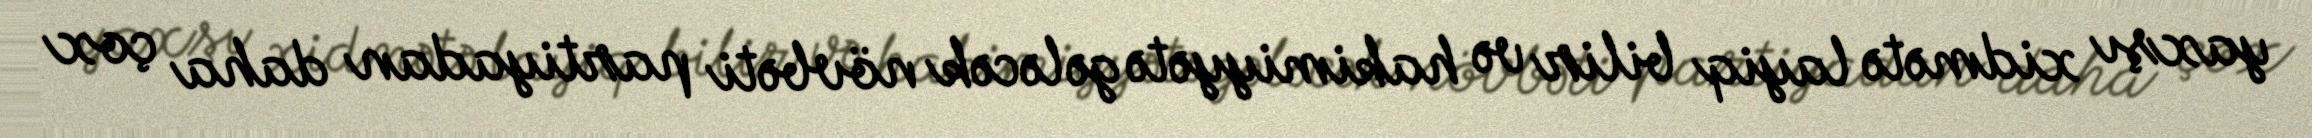
yaxşı xidmətə layiq bilir və hakimiyyətə gələcək növbəti partiyadan daha çox